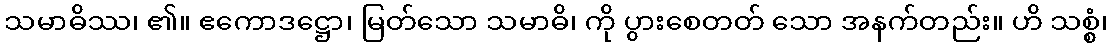
သမာဓိဿ၊ ၏။ ဧကောဒဋ္ဌော၊ မြတ်သော သမာဓိ၊ ကို ပွားစေတတ် သော အနက်တည်း။ ဟိ သစ္စံ၊